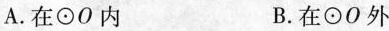
A. 在\odot O内 B. 在\odot O外